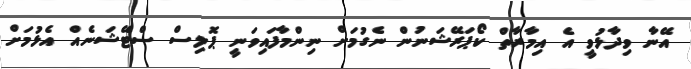
އޭނާ ވިދާޅުވީ އެ އިމާރާތް ކޯޕަރޭޝަނުން ނެގުމަށް ނިންމާފައިވަނީ ޕޮލިސް ސްޓޭޝަނެއް އެޅުމަށް